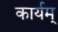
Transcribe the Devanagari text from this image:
कार्यम्